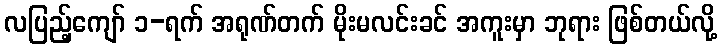
လပြည့်ကျော် ၁-ရက် အရုဏ်တက် မိုးမလင်းခင် အကူးမှာ ဘုရား ဖြစ်တယ်လို့